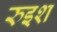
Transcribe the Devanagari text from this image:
रुइश